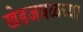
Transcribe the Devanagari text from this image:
खेडजवळच्या